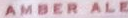
AMBER ALE